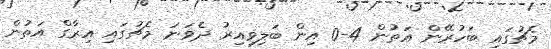
މެޗުގައި ބަހުރޭން އަތުން 4-0 އިން ބަލިވިއިރު ދެވަނަ މެޗުގައި އިރާގް އަތުން